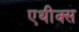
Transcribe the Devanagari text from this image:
एथीक्स